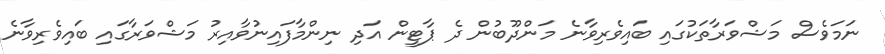
ނަމަވެސް މަޝްވަރާތަކުގައި ބައިވެރިވާނެ މަންދޫބުން ދެ ޕާޓީން އަދި ނިންމާފައިނުވާއިރު މަޝްވަރާގައި ބައިވެރިވާނެ